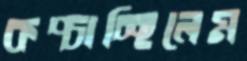
কপ্‌চাচ্ছিলেম